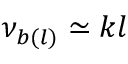
\nu _ { b ( l ) } \simeq k l